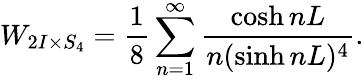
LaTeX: W_{2I\times S_{4}}=\frac{1}{8}\sum_{n=1}^{\infty}\frac{\cosh nL}{n(\sinh nL)^{4}}.